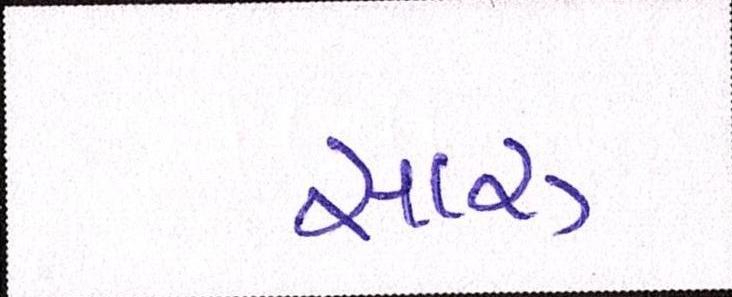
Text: સારુ